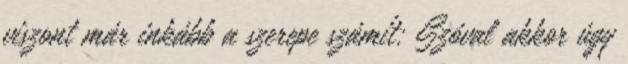
viszont már inkább a szerepe számít: Szóval akkor úgy